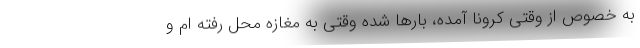
به خصوص از وقتی کرونا آمده، بارها شده وقتی به مغازه محل رفته ام و